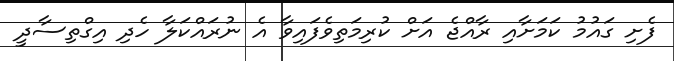
ފެށި ގައުމު ކަމަށާއި ރާއްޖެ އަށް ކުރިމަތިވެފައިވާ އެ ނުރައްކަލާ ހެދި އިގްތިސާދީ